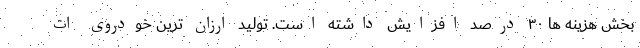
بخش هزینه ها ۳۰ درصد افزایش داشته است. تولید ارزان ترین خودروی ات